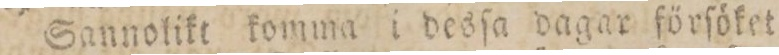
Sannolikt komma i desſa dagar förſöket